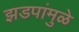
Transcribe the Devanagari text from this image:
झडपांमुळे